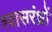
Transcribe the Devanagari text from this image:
श्वासरंध्रों